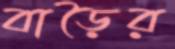
বাড়ৈর